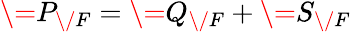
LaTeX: \= P_{\/ F}=\= Q_{\/ F}+\= S_{\/ F}